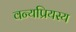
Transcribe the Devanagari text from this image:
वन्यप्रियस्य